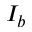
I _ { b }